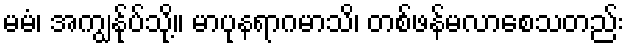
မမံ၊ အကျွန်ုပ်သို့။ မာပုနရာဂမာသိ၊ တစ်ဖန်မလာစေသတည်း